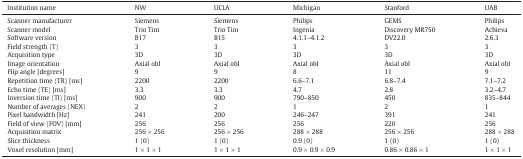
<table><thead><tr><td><b>Institution name</b></td><td><b>NW</b></td><td><b>UCLA</b></td><td><b>Michigan</b></td><td><b>Stanford</b></td><td><b>UAB</b></td></tr></thead><tbody><tr><td>Scanner manufacturer</td><td>Siemens</td><td>Siemens</td><td>Philips</td><td>GEMS</td><td>Philips</td></tr><tr><td>Scanner model</td><td>Trio Tim</td><td>Trio Tim</td><td>Ingenia</td><td>Discovery MR750</td><td>Achieva</td></tr><tr><td>Software version</td><td>B17</td><td>B15</td><td>4.1.1–4.1.2</td><td>DV22.0</td><td>2.6.3</td></tr><tr><td>Field strength (T)</td><td>3</td><td>3</td><td>3</td><td>3</td><td>3</td></tr><tr><td>Acquisition type</td><td>3D</td><td>3D</td><td>3D</td><td>3D</td><td>3D</td></tr><tr><td>Image orientation</td><td>Axial obl</td><td>Axial obl</td><td>Axial obl</td><td>Axial obl</td><td>Axial obl</td></tr><tr><td>Flip angle [degrees]</td><td>9</td><td>9</td><td>8</td><td>11</td><td>9</td></tr><tr><td>Repetition time (TR) [ms]</td><td>2200</td><td>2200</td><td>6.6–7.1</td><td>6.8–7.4</td><td>7.1–7.2</td></tr><tr><td>Echo time (TE) [ms]</td><td>3.3</td><td>3.3</td><td>4.7</td><td>2.8</td><td>3.2–4.7</td></tr><tr><td>Inversion time (TI) [ms]</td><td>900</td><td>900</td><td>790–850</td><td>450</td><td>835–844</td></tr><tr><td>Number of averages (NEX)</td><td>2</td><td>2</td><td>1</td><td>2</td><td>1</td></tr><tr><td>Pixel bandwidth [Hz]</td><td>241</td><td>200</td><td>246–247</td><td>391</td><td>241</td></tr><tr><td>Field of view (FOV) [mm]</td><td>256</td><td>256</td><td>256</td><td>220</td><td>256</td></tr><tr><td>Acquisition matrix</td><td>256 × 256</td><td>256 × 256</td><td>288 × 288</td><td>256 × 256</td><td>288 × 288</td></tr><tr><td>Slice thickness</td><td>1 (0)</td><td>1 (0)</td><td>0.9 (0)</td><td>1 (0)</td><td>1 (0)</td></tr><tr><td>Voxel resolution [mm]</td><td>1 × 1 × 1</td><td>1 × 1 × 1</td><td>0.9 × 0.9 × 0.9</td><td>0.86 × 0.86 × 1</td><td>1 × 1 × 1</td></tr></tbody></table>